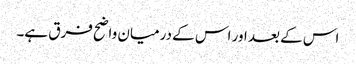
اس کے بعد اور اس کے درمیان واضح فرق ہے۔